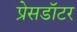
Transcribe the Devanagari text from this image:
प्रेसडॉटर